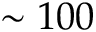
\sim 1 0 0